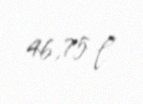
46,75 l